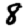
Digit: 8